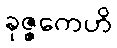
ခုဇ္ဇကေဟိ